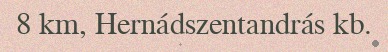
8 km, Hernádszentandrás kb.